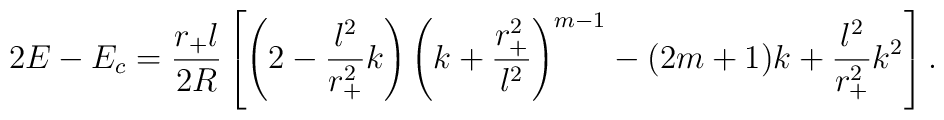
2E-E_c=\frac{r_+l}{2R}\left[ \left(2-\frac{l^2}{r_+^2}k\right)      \left(k+\frac{r_+^2}{l^2}\right)^{m-1}- (2m+1)k    +\frac{l^2}{r_+^2}k^2\right].